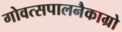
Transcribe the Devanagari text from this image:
गोवत्सपालनैकाग्रो